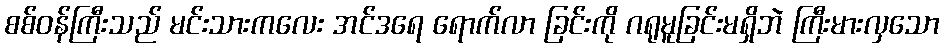
စစ်ဝန်ကြီးသည် မင်းသားကလေး အင်ဒရေ ရောက်လာ ခြင်းကို ဂရုမူခြင်းမရှိဘဲ ကြီးမားလှသော